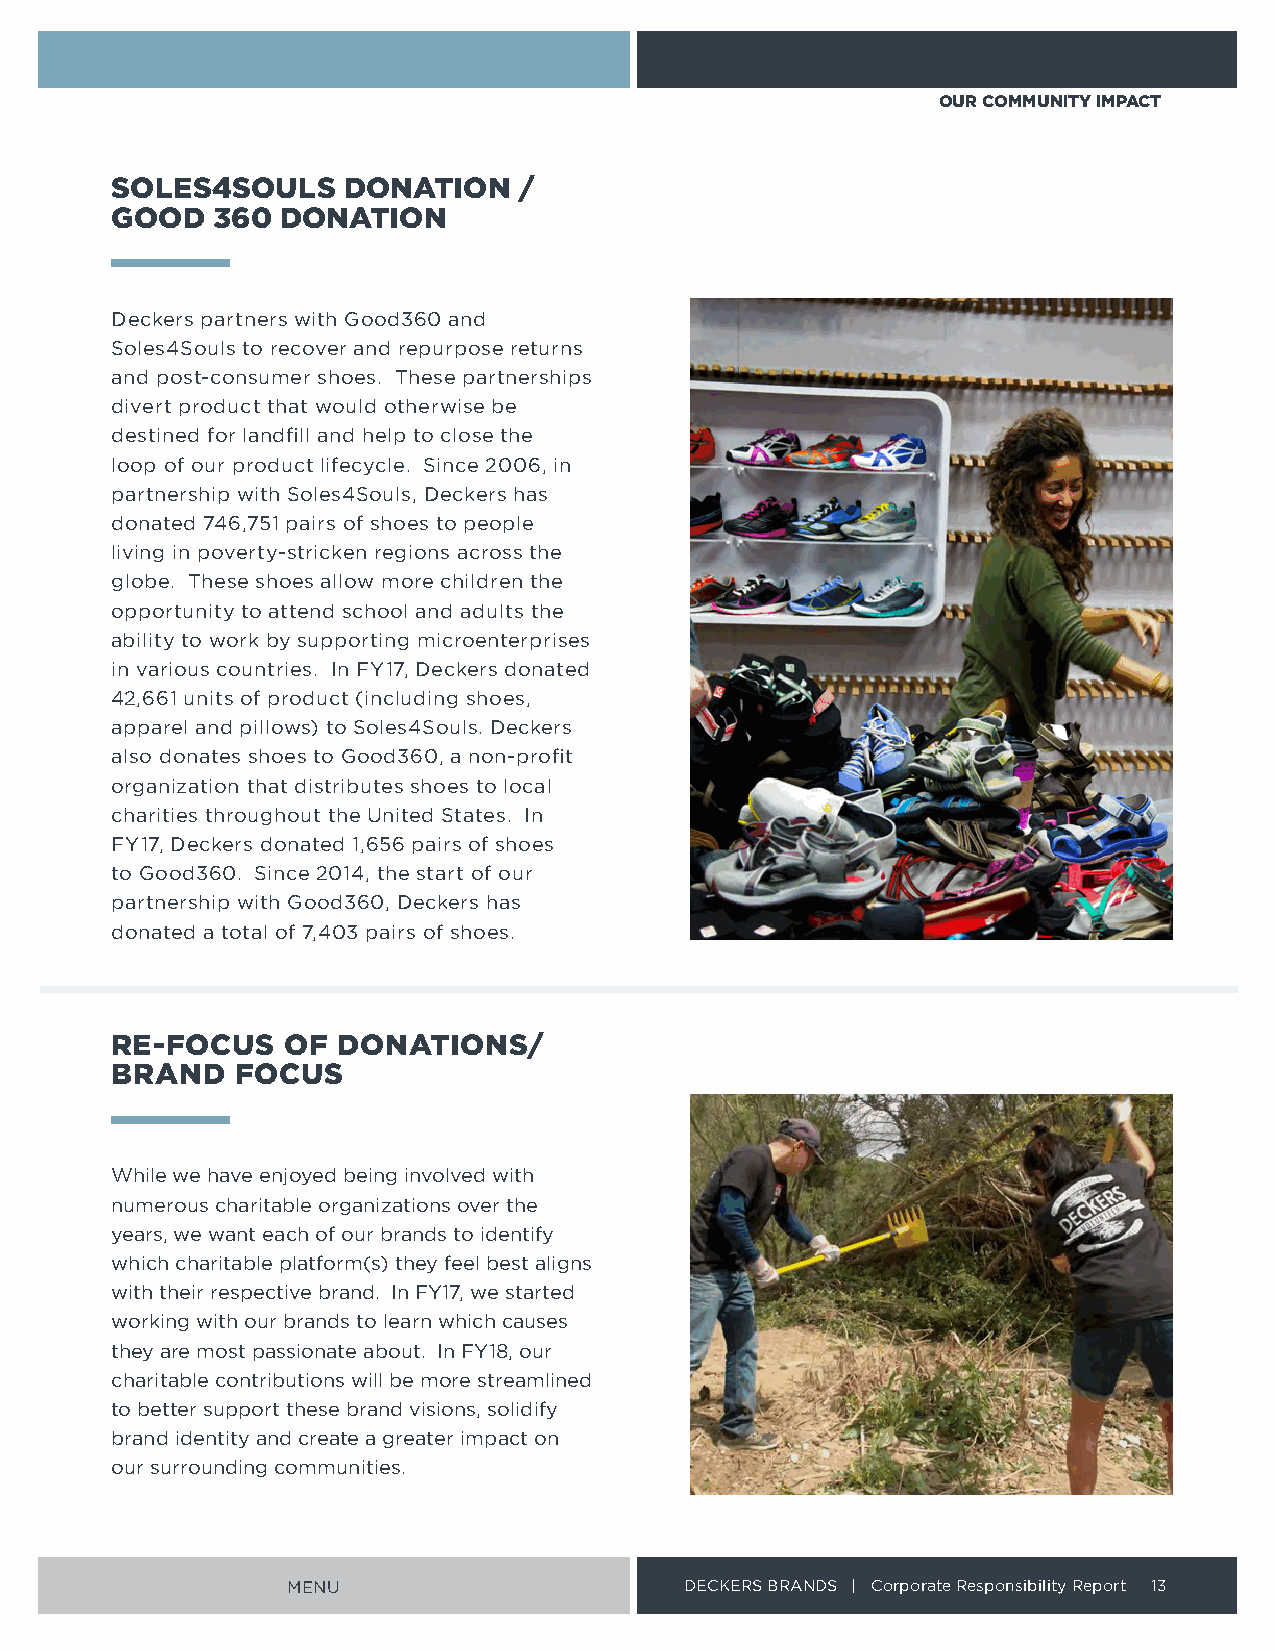
OUR COMMUNITY IMPACT
 SOLES4SOULS     DONATION   /
 GOOD   360  DONATION
 Deckers partners with Good360 and
 Soles4Souls to recover and repurpose returns
 and post-consumer shoes These partnerships
 divert product that would otherwise be
 destined for landfill and help to close the
 loop of our product lifecycle Since 2006, in
 partnership with Soles4Souls, Deckers has
 donated 746,751 pairs of shoes to people
 living in poverty-stricken regions across the
 globe These shoes allow more children the
 opportunity to attend school and adults the
 ability to work by supporting microenterprises
 in various countries In FY17, Deckers donated
 42,661 units of product (including shoes,
 apparel and pillows) to Soles4Souls Deckers
 also donates shoes to Good360, a non-profit
 organization that distributes shoes to local
 charities throughout the United States In
 FY17, Deckers donated 1,656 pairs of shoes
 to Good360 Since 2014, the start of our
 partnership with Good360, Deckers has
 donated a total of 7,403 pairs of shoes
 RE-FOCUS    OF DONATIONS/
 BRAND    FOCUS
 While we have enjoyed being involved with
 numerous charitable organizations over the
 years, we want each of our brands to identify
 which charitable platform(s) they feel best aligns
 with their respective brand In FY17, we started
 working with our brands to learn which causes
 they are most passionate about In FY18, our
 charitable contributions will be more streamlined
 to better support these brand visions, solidify
 brand identity and create a greater impact on
 our surrounding communities
 MENU                      DECKERS BRANDS | Corporate Responsibility Report 13